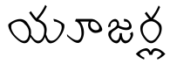
యూజర్ల